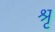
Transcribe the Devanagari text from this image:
श्रृ